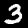
Digit: 3